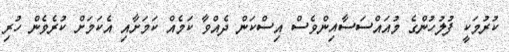
ކުރުމަކީ ފުލުހުންގެ މުއައްސަސާއިންވެސް އިސްކަން ދެއްވާ ކަމެއް ކަމަށާއި އެކަމަށް ކުރެވެން ހުރި